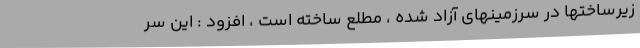
زیرساختها در سرزمینهای آزاد شده ، مطلع ساخته است ، افزود : این سر